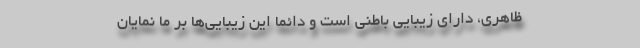
ظاهری، دارای زیبایی باطنی است و دائماً این زیبایی‌ها بر ما نمایان